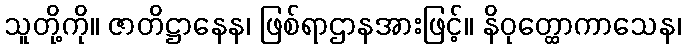
သူတို့ကို။ ဇာတိဋ္ဌာနေန၊ ဖြစ်ရာဌာနအားဖြင့်။ နိဝုတ္ထောကာသေန၊